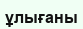
ұлығаны